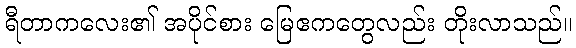
ရီတာကလေး၏ အပိုင်စား မြေဧကတွေလည်း တိုးလာသည်။